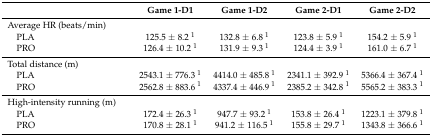
<table><thead><tr><td></td><td><b>Game 1-D1</b></td><td><b>Game 1-D2</b></td><td><b>Game 2-D1</b></td><td><b>Game 2-D2</b></td></tr></thead><tbody><tr><td>Average HR (beats/min)</td><td></td><td></td><td></td><td></td></tr><tr><td> PLA</td><td>125.5 ± 8.2 <sup>1</sup></td><td>132.8 ± 6.8 <sup>1</sup></td><td>123.8 ± 5.9 <sup>1</sup></td><td>154.2 ± 5.9 <sup>1</sup></td></tr><tr><td> PRO</td><td>126.4 ± 10.2 <sup>1</sup></td><td>131.9 ± 9.3 <sup>1</sup></td><td>124.4 ± 3.9 <sup>1</sup></td><td>161.0 ± 6.7 <sup>1</sup></td></tr><tr><td>Total distance (m)</td><td></td><td></td><td></td><td></td></tr><tr><td> PLA</td><td>2543.1 ± 776.3 <sup>1</sup></td><td>4414.0 ± 485.8 <sup>1</sup></td><td>2341.1 ± 392.9 <sup>1</sup></td><td>5366.4 ± 367.4 <sup>1</sup></td></tr><tr><td> PRO</td><td>2562.8 ± 883.6 <sup>1</sup></td><td>4337.4 ± 446.9 <sup>1</sup></td><td>2385.2 ± 342.8 <sup>1</sup></td><td>5565.2 ± 383.3 <sup>1</sup></td></tr><tr><td>High-intensity running (m)</td><td></td><td></td><td></td><td></td></tr><tr><td> PLA</td><td>172.4 ± 26.3 <sup>1</sup></td><td>947.7 ± 93.2 <sup>1</sup></td><td>153.8 ± 26.4 <sup>1</sup></td><td>1223.1 ± 379.8 <sup>1</sup></td></tr><tr><td> PRO</td><td>170.8 ± 28.1 <sup>1</sup></td><td>941.2 ± 116.5 <sup>1</sup></td><td>155.8 ± 29.7 <sup>1</sup></td><td>1343.8 ± 366.6 <sup>1</sup></td></tr></tbody></table>